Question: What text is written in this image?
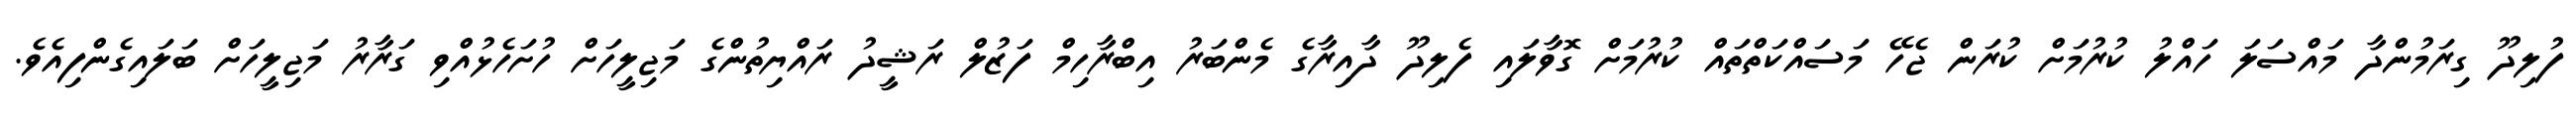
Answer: ފުލިދޫ ގިރަމުންދާ މައްސަލަ ހައްލު ކުރުމަށް ކުރަން ޖެހޭ މަސައްކަތްތައް ކުރުމަށް ގޮވާލައި ފެލިދޫ ދާއިރާގެ މެންބަރު އިބްރާހިމް ފަޒުލް ރަޝީދު ރައްޔިތުންގެ މަޖިލީހަށް ހުށަހެޅުއްވި ގަރާރު މަޖިލީހަށް ބަލައިގެންފިއެވެ.